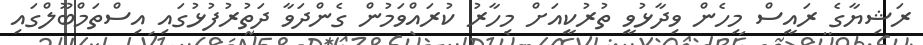
ރަޝިޔާގެ ރައީސް މިހެން ވިދާޅުވީ ތުރުކީއަށް މިހާރު ކުރައްވަމުން ގެންދަވާ ދަތުރުފުޅުގައި އިސްތަމްބޫލްގައި